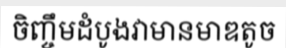
ចិញ្ចឹមដំបូងវាមានមាឌតូច